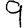
Digit: 9